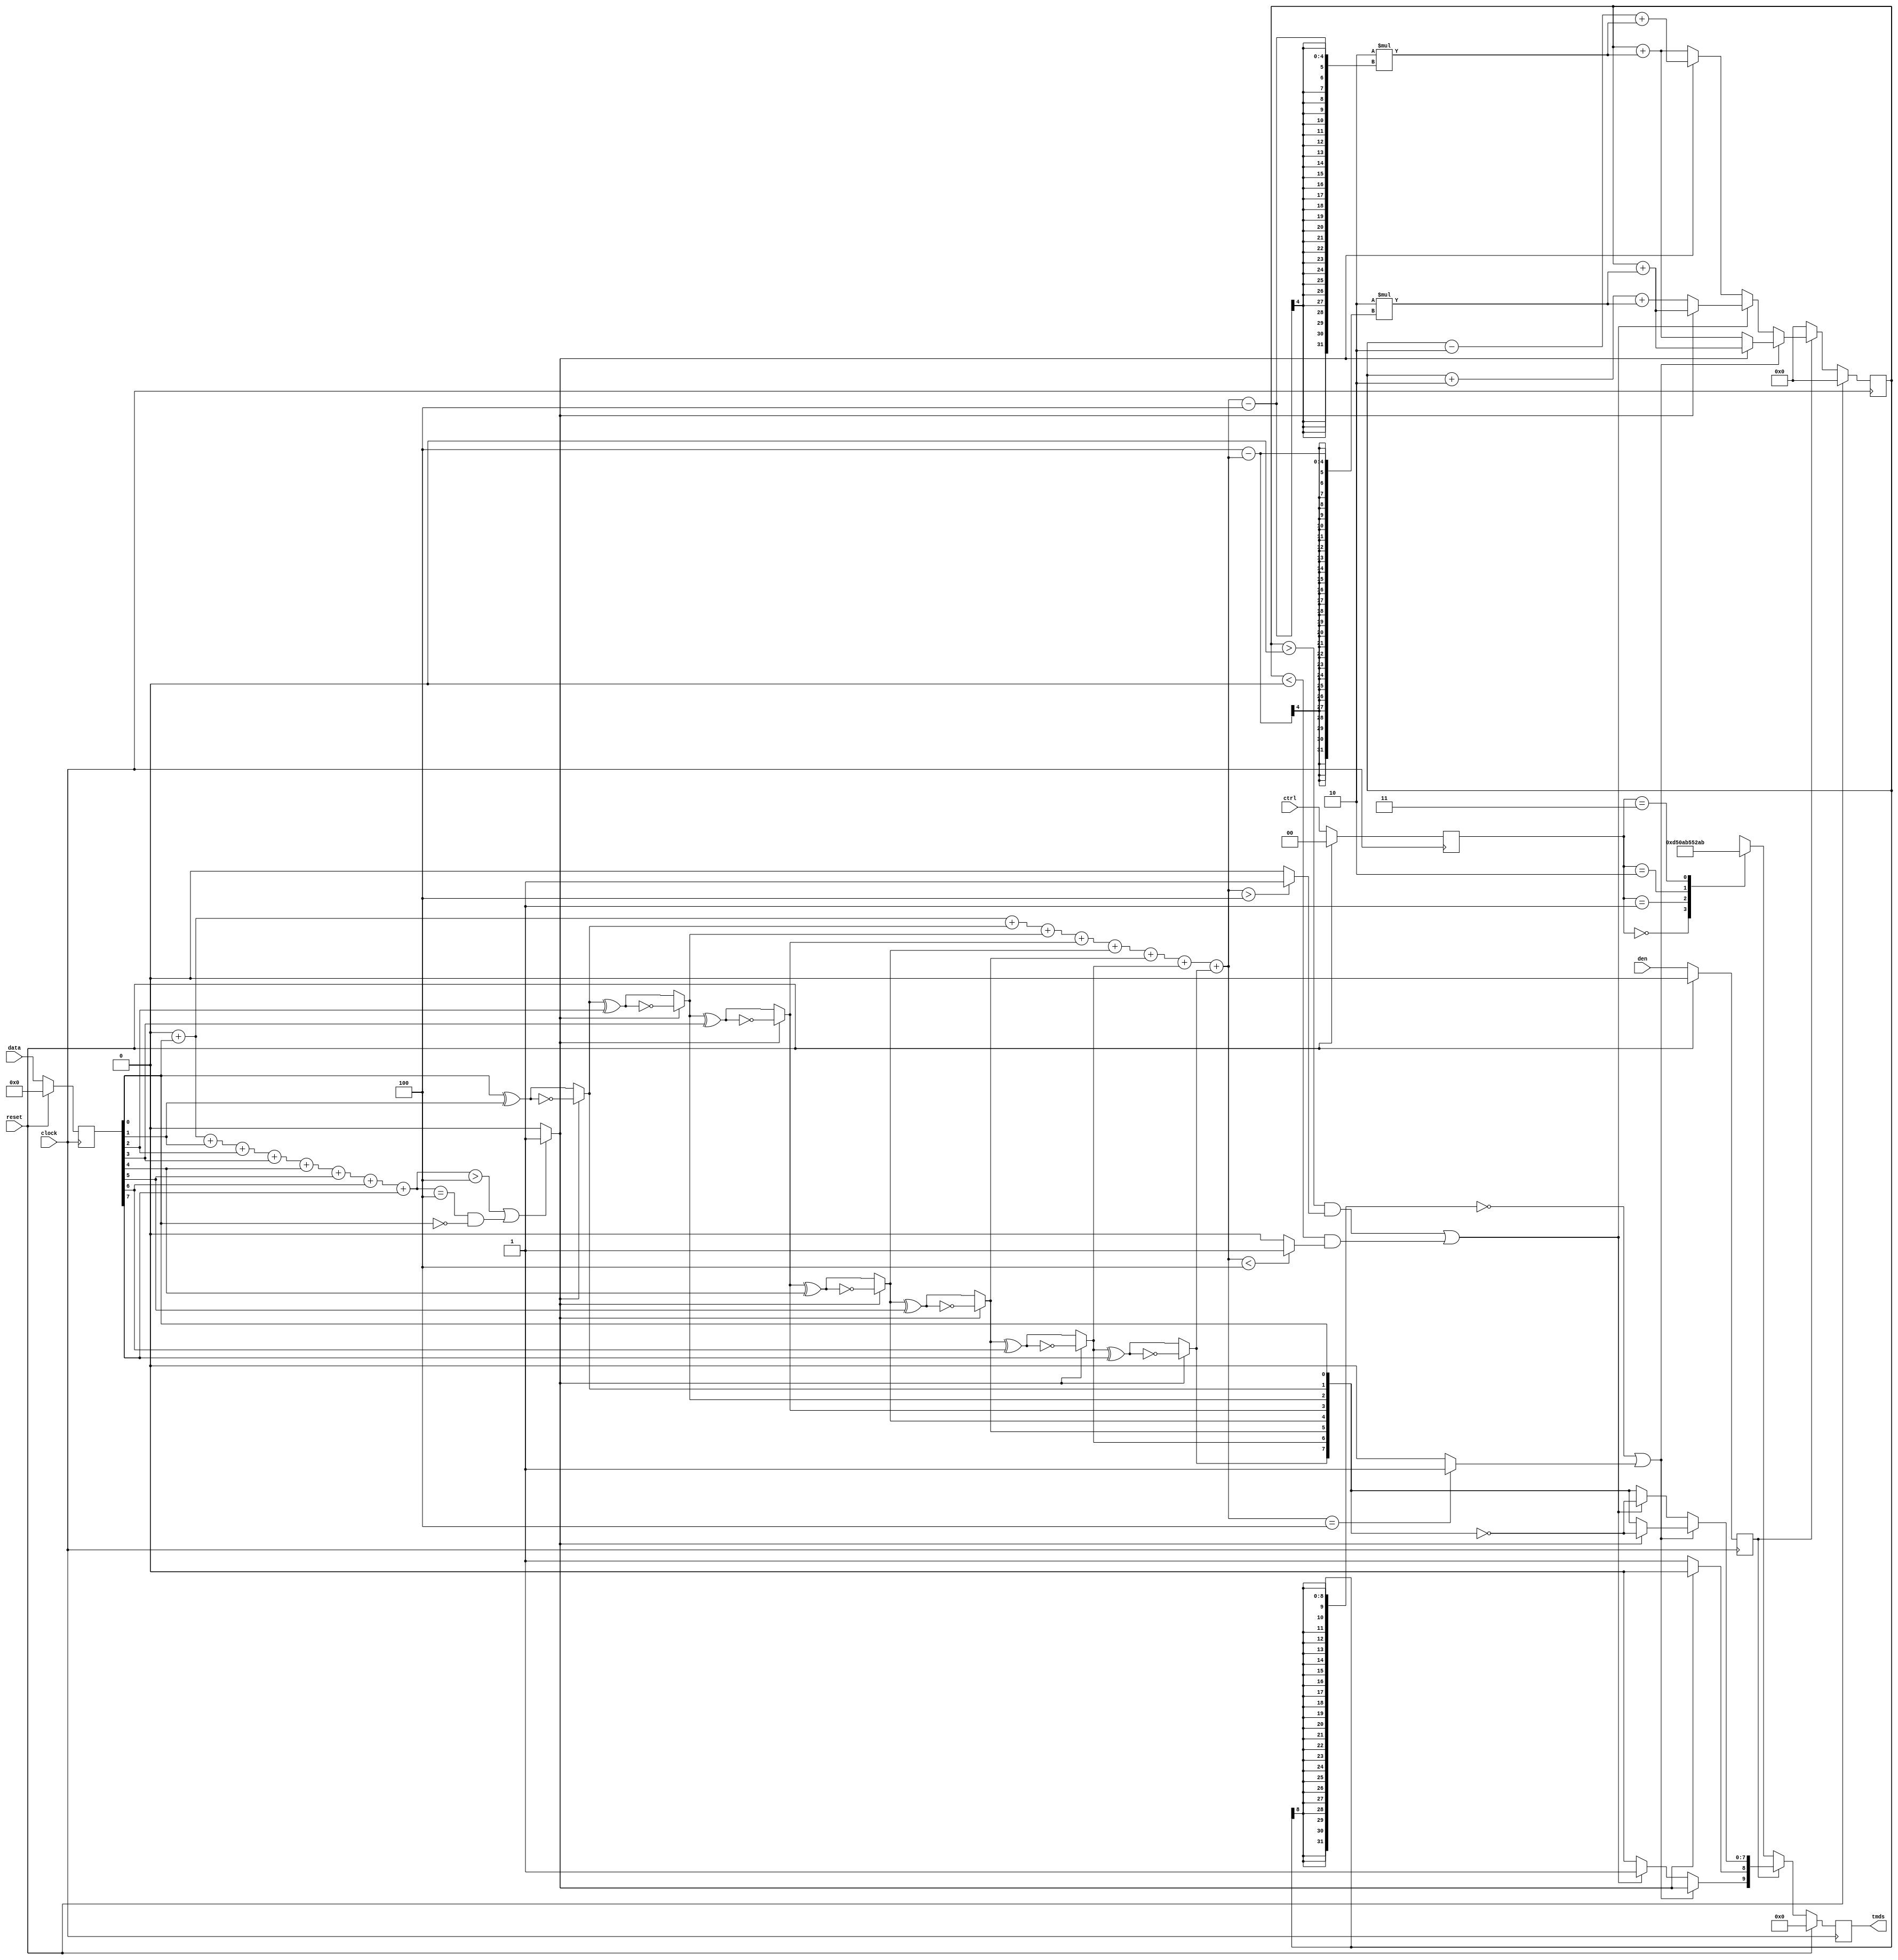
// ==================================================
//  ____         _                ____                      
// | __ )  _ __ (_)  __ _  _ __  / ___|  _   _  _ __    ___ 
// |  _ \ | '__|| | / _` || '_ \ \___ \ | | | || '_ \  / _ \
// | |_) || |   | || (_| || | | | ___) || |_| || | | ||  __/
// |____/ |_|   |_| \__,_||_| |_||____/  \__,_||_| |_| \___|
//                                                          
// ==================================================
// Programed By: BrianSune
// Contact: briansune@gmail.com
// ==================================================

`timescale 1ns / 1ps

module dvi_tx_tmds_enc(
	
	input					clock,
	input					reset,
	
	input					den,
	input		[7 : 0]		data,
	input		[1 : 0]		ctrl,
	output reg	[9 : 0]		tmds
);
	reg			[7 : 0]		data_reg;
	reg						den_reg;
	reg			[1 : 0]		ctrl_reg;
	wire		[9 : 0]		tmds_int;
	
	reg 		[8 : 0]		cnt_q;
	reg 		[8 : 0]		cnt_d;
	reg			[8 : 0]		q_m;
	
	reg			[9 : 0]		q_out;
	wire		[8 : 0]		q_m_temp;
	
	
	/////////////////////////////////////////////////////////////
	function [3 : 0] count_ones;
		input [7 : 0] data_in;
		integer loop;
	begin
	
		count_ones = 0;
		
		for(loop = 0; loop < 8; loop = loop + 1)begin : cnt_o
			count_ones = count_ones + data_in[loop];
		end
	end
	endfunction
	/////////////////////////////////////////////////////////////
	
	
	/////////////////////////////////////////////////////////////
	always@(posedge clock)begin
		
		if(reset)begin
			data_reg <= 0;
			ctrl_reg <= 0;
			den_reg <= 0;
			tmds <= 0;
			cnt_q <= 0;
		end else begin
			data_reg <= data;
			den_reg <= den;
			ctrl_reg <= ctrl;
			tmds <= tmds_int;
			cnt_q <= cnt_d;
		end
	end
	/////////////////////////////////////////////////////////////
	
	
	/////////////////////////////////////////////////////////////
	wire qm_flip;
	
	assign qm_flip = (count_ones(data_reg) > 4) | ((count_ones(data_reg) == 4) & (!data_reg[0])) ? 1'b1 : 1'b0;
	
	assign q_m_temp[0] = data_reg[0];
	assign q_m_temp[1] = (qm_flip) ? ~(q_m_temp[0] ^ data_reg[1]) : (q_m_temp[0] ^ data_reg[1]);
	assign q_m_temp[2] = (qm_flip) ? ~(q_m_temp[1] ^ data_reg[2]) : (q_m_temp[1] ^ data_reg[2]);
	assign q_m_temp[3] = (qm_flip) ? ~(q_m_temp[2] ^ data_reg[3]) : (q_m_temp[2] ^ data_reg[3]);
	assign q_m_temp[4] = (qm_flip) ? ~(q_m_temp[3] ^ data_reg[4]) : (q_m_temp[3] ^ data_reg[4]);
	assign q_m_temp[5] = (qm_flip) ? ~(q_m_temp[4] ^ data_reg[5]) : (q_m_temp[4] ^ data_reg[5]);
	assign q_m_temp[6] = (qm_flip) ? ~(q_m_temp[5] ^ data_reg[6]) : (q_m_temp[5] ^ data_reg[6]);
	assign q_m_temp[7] = (qm_flip) ? ~(q_m_temp[6] ^ data_reg[7]) : (q_m_temp[6] ^ data_reg[7]);
	assign q_m_temp[8] = (qm_flip) ? 1'b0 : 1'b1;
	
	always@(*)begin
		q_m <= q_m_temp;
	end
	/////////////////////////////////////////////////////////////
	
	wire ones_equ_f;
	wire ones_larg_f;
	wire ones_sml_f;
	
	assign ones_equ_f = (count_ones(q_m[7 : 0]) == 4) ? 1'b1 : 1'b0;
	assign ones_larg_f = (count_ones(q_m[7 : 0]) > 4) ? 1'b1 : 1'b0;
	assign ones_sml_f = (count_ones(q_m[7 : 0]) < 4) ? 1'b1 : 1'b0;
	
	/////////////////////////////////////////////////////////////
	always@(*)begin
		
		if(!den_reg)begin
			
			case(ctrl_reg)
				2'b00:   q_out = 10'b1101010100;
				2'b01:   q_out = 10'b0010101011;
				2'b10:   q_out = 10'b0101010100;
				2'b11:   q_out = 10'b1010101011;
			endcase
			
		end else if( ($signed(cnt_q) == 0) | ones_equ_f)begin
			
			q_out[9] = ~q_m[8];
			q_out[8] = q_m[8];
			
			if(q_m[8])begin
				q_out[7 : 0] = q_m[7 : 0];
			end else begin
				q_out[7 : 0] = ~q_m[7 : 0];
			end
			
		end else if(
			( ($signed(cnt_q) > 0) & ones_larg_f ) | 
			( ($signed(cnt_q) < 0) & ones_sml_f )
		)begin
			q_out[9] = 1'b1;
			q_out[8] = q_m[8];
			q_out[7 : 0] = ~q_m[7 : 0];
		end else begin
			q_out[9] = 1'b0;
			q_out[8] = q_m[8];
			q_out[7 : 0] = q_m[7 : 0];
		end
	end
	
	assign tmds_int = q_out;
	/////////////////////////////////////////////////////////////
	
	
	/////////////////////////////////////////////////////////////
	always@(*)begin
		
		if(!den_reg)begin
			
			cnt_d = 0;
			
		end else if( ($signed(cnt_q) == 0) | ones_equ_f )begin
			
			if(q_m[8])begin
				cnt_d = $signed(cnt_q) + 2 * (count_ones(q_m[7 : 0]) - 4);
			end else begin
				cnt_d = $signed(cnt_q) + 2 * (4 - count_ones(q_m[7 : 0]));
			end
			
		end else if(
			( ($signed(cnt_q) > 0) & ones_larg_f ) | 
			( ($signed(cnt_q) < 0) & ones_sml_f )
		)begin
			
			if(q_m[8])begin
				cnt_d = $signed(cnt_q) + 2 + 2 * (4 - count_ones(q_m[7 : 0]));
			end else begin
				cnt_d = $signed(cnt_q) + 2 * (4 - count_ones(q_m[7 : 0]));
			end
			
		end else begin
			
			if(!q_m[8])begin
				cnt_d = ($signed(cnt_q) - 2) + 2 * (count_ones(q_m[7 : 0]) - 4);
			end else begin
				cnt_d = $signed(cnt_q) + 2 * (count_ones(q_m[7 : 0]) - 4);
			end
		end
	end
	/////////////////////////////////////////////////////////////
	
endmodule